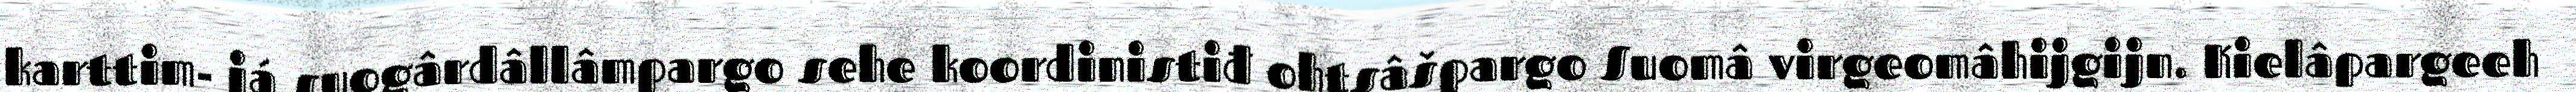
karttim- já suogârdâllâmpargo sehe koordinistiđ ohtsâšpargo Suomâ virgeomâhijgijn. Kielâpargeeh